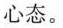
心态。